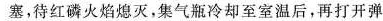
塞，待红磷火焰熄灭，集气瓶冷却至室温后，再打开弹